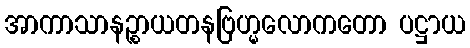
အာကာသာနဉ္စာယတနဗြဟ္မလောကတော ပဋ္ဌာယ